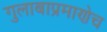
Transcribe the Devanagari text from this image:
गुलाबाप्रमाणेच